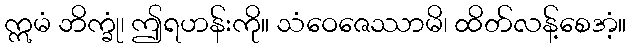
ဣမံ ဘိက္ခုံ၊ ဤရဟန်းကို။ သံဝေဇေဿာမိ၊ ထိတ်လန့်စေအံ့။